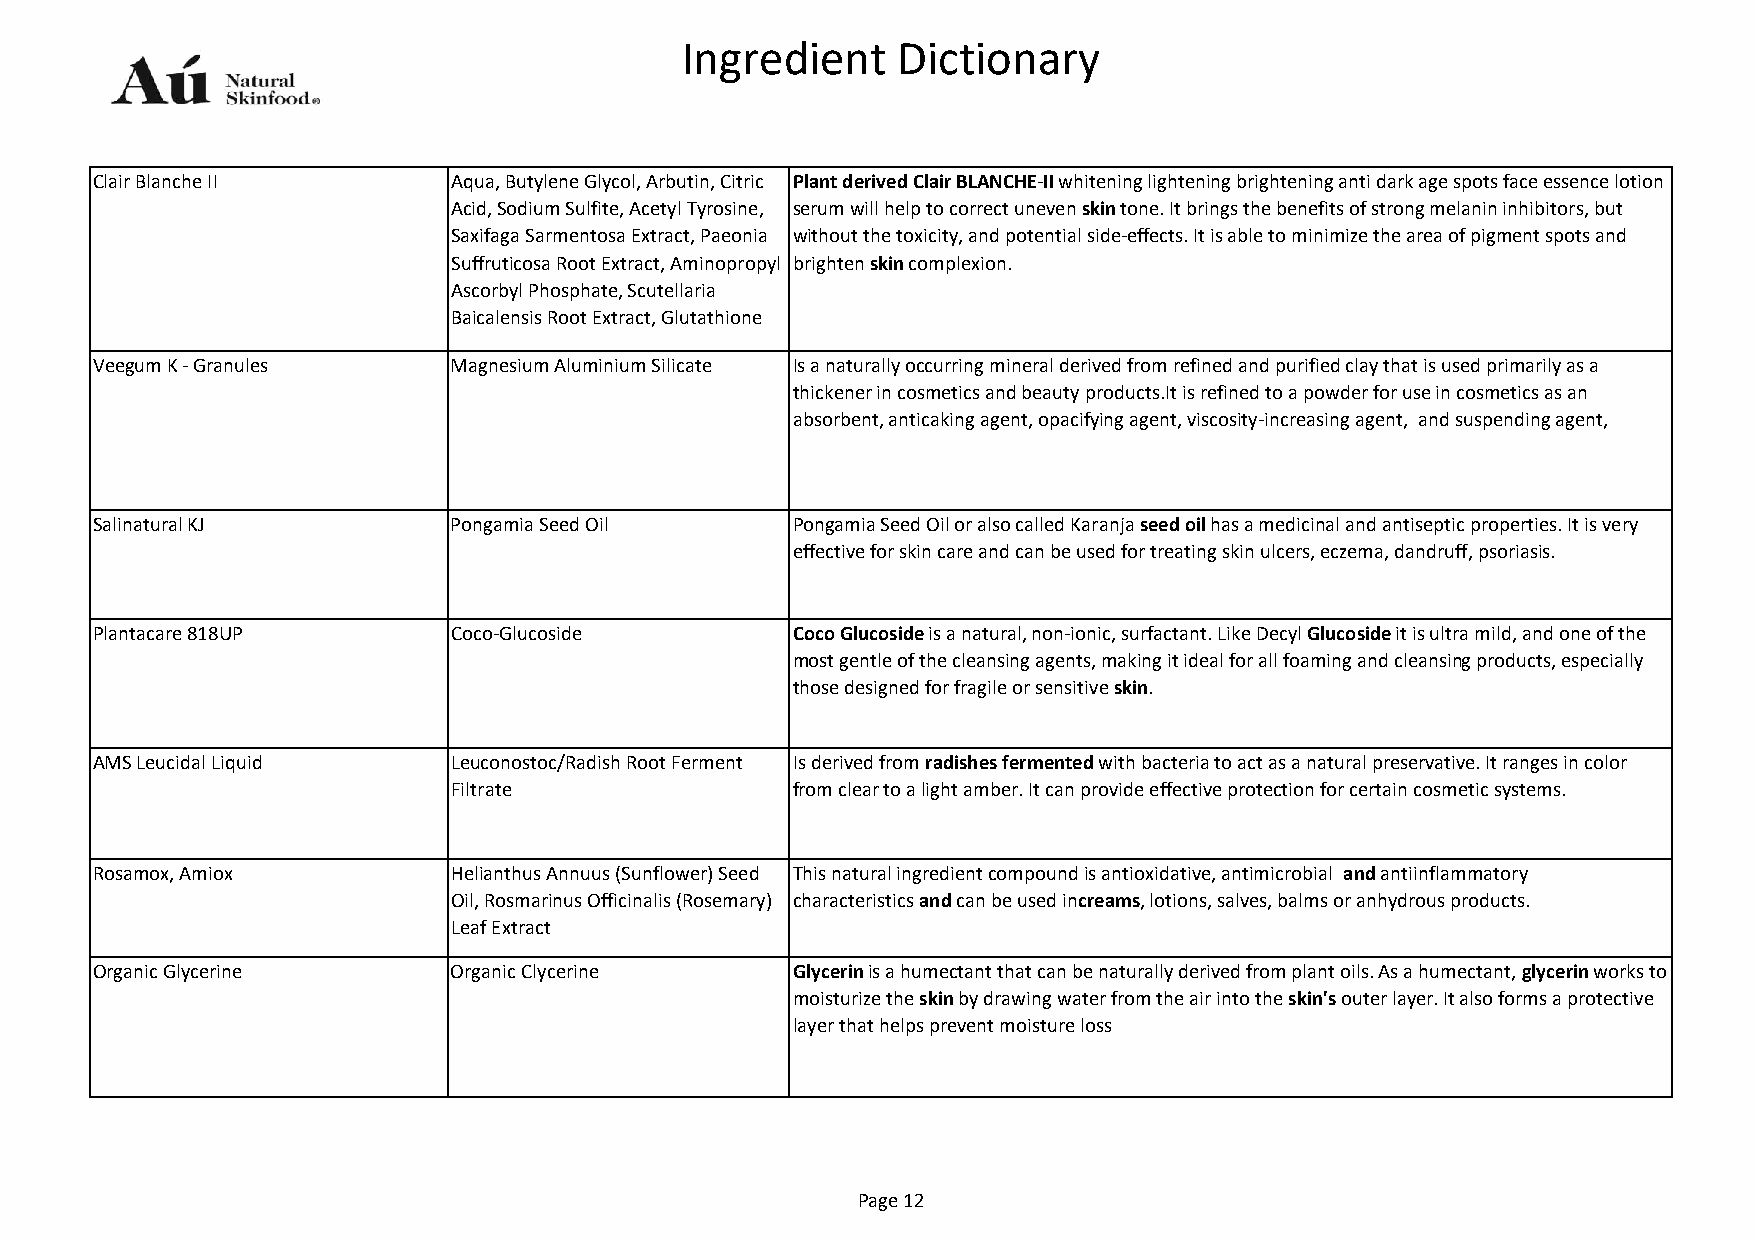
Ingredient    Dictionary
 Clair Blanche II        Aqua, Butylene Glycol, Arbutin, Citric Plant derived Clair BLANCHE-II whitening lightening brightening anti dark age spots face essence lotion
 Acid, Sodium Sulfite, Acetyl Tyrosine, serum will help to correct uneven skin tone. It brings the benefits of strong melanin inhibitors, but
 Saxifaga Sarmentosa Extract, Paeonia without the toxicity, and potential side-effects. It is able to minimize the area of pigment spots and
 Suffruticosa Root Extract, Aminopropyl brighten skin complexion.
 Ascorbyl Phosphate, Scutellaria
 Baicalensis Root Extract, Glutathione
 Veegum K - Granules     Magnesium Aluminium Silicate Is a naturally occurring mineral derived from refined and purified clay that is used primarily as a
 thickener in cosmetics and beauty products.It is refined to a powder for use in cosmetics as an
 absorbent, anticaking agent, opacifying agent, viscosity-increasing agent, and suspending agent,
 Salinatural KJ          Pongamia Seed Oil     Pongamia Seed Oil or also called Karanja seed oil has a medicinal and antiseptic properties. It is very
 effective for skin care and can be used for treating skin ulcers, eczema, dandruff, psoriasis.
 Plantacare 818UP        Coco-Glucoside        Coco Glucoside is a natural, non-ionic, surfactant. Like Decyl Glucoside it is ultra mild, and one of the
 most gentle of the cleansing agents, making it ideal for all foaming and cleansing products, especially
 those designed for fragile or sensitive skin.
 AMS Leucidal Liquid     Leuconostoc/Radish Root Ferment Is derived from radishes fermented with bacteria to act as a natural preservative. It ranges in color
 Filtrate              from clear to a light amber. It can provide effective protection for certain cosmetic systems.
 Rosamox, Amiox          Helianthus Annuus (Sunflower) Seed This natural ingredient compound is antioxidative, antimicrobial and antiinflammatory
 Oil, Rosmarinus Officinalis (Rosemary) characteristics and can be used increams, lotions, salves, balms or anhydrous products.
 Leaf Extract
 Organic Glycerine       Organic Clycerine     Glycerin is a humectant that can be naturally derived from plant oils. As a humectant, glycerin works to
 moisturize the skin by drawing water from the air into the skin's outer layer. It also forms a protective
 layer that helps prevent moisture loss
 Page 12